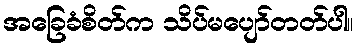
အခြေခံစိတ်က သိပ်မပျော်တတ်ပါ။